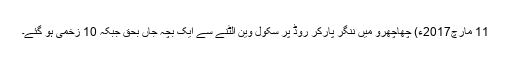
11 مارچ2017ء) چھاچھرو میں ننگر پارکر روڈ پر سکول وین الٹنے سے ایک بچہ جاں بحق جبکہ 10 زخمی ہو گئے۔